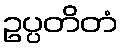
ဥပ္ပတိတံ